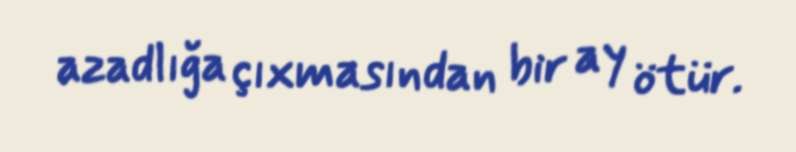
azadlığa çıxmasından bir ay ötür.